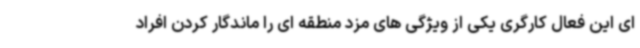
ای این فعال کارگری یکی از ویژگی های مزد منطقه ای را ماندگار کردن افراد